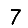
Digit: 7